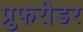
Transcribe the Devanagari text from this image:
प्रुफरीडर